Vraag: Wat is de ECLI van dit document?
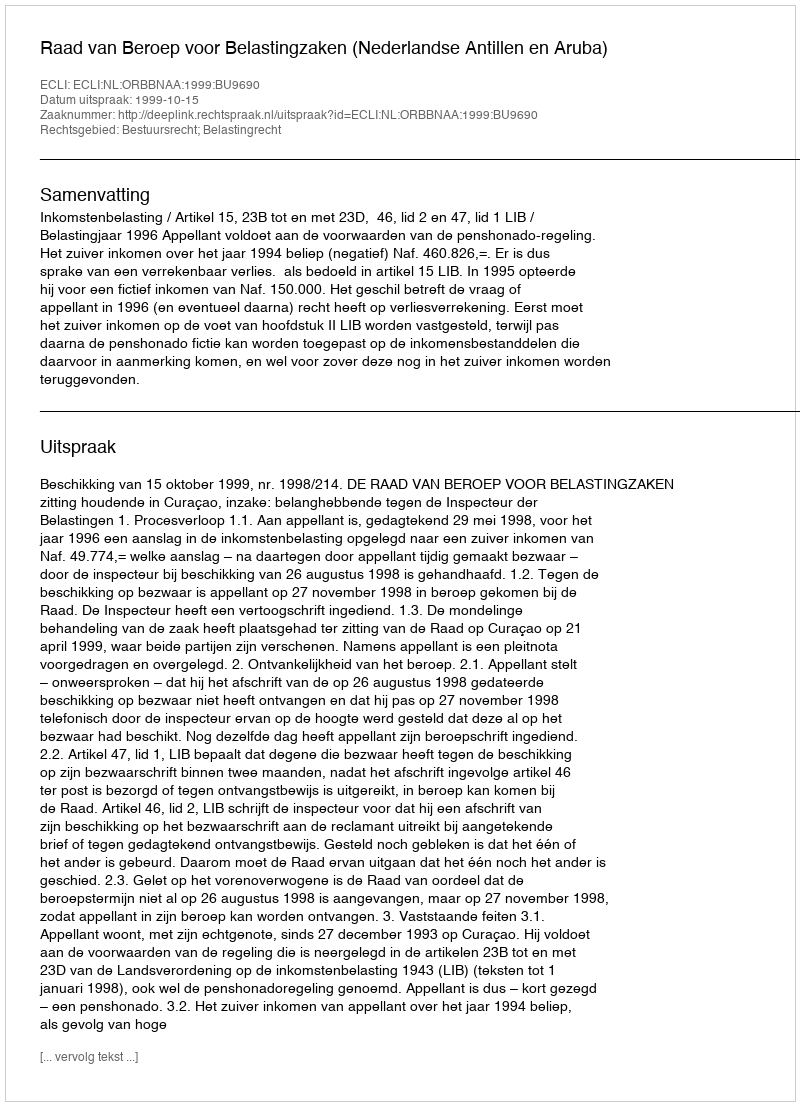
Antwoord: ECLI:NL:ORBBNAA:1999:BU9690